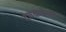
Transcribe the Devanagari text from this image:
दंतकथेचा